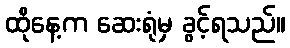
ထိုနေ့က ဆေးရုံမှ ခွင့်ရသည်။